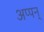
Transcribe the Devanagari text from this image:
अप्पन्